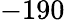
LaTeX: -190